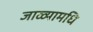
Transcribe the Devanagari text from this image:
जाळ्यामधि